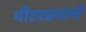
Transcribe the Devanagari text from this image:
मीटरप्रमाणे